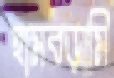
হামবড়ামি